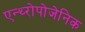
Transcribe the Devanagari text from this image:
एन्थ्‍रोपोजेनिक